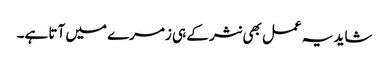
شاید یہ عمل بھی نثر کے ہی زمرے میں آتا ہے۔